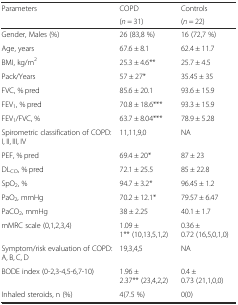
| <ROWSPAN=2> Parameters | COPD | Controls |
 | (n = 31) | (n = 22) |
 | --- | --- | --- |
 | Gender, Males (%) | 26 (83,8 %) | 16 (72,7 %) |
 | Age, years | 67.6 ± 8.1 | 62.4 ± 11.7 |
 | BMI, kg/m2 | 25.3 ± 4.6** | 25.7 ± 4.5 |
 | Pack/Years | 57 ± 27* | 35.45 ± 35 |
 | FVC, % pred | 85.6 ± 20.1 | 93.6 ± 15.9 |
 | FEV1, % pred | 70.8 ± 18.6*** | 93.3 ± 15.9 |
 | FEV1/FVC, % | 63.7 ± 8.04*** | 78.9 ± 5.28 |
 | Spirometric classification of COPD: I, II, III, IV | 11,11,9,0 | NA |
 | PEF, % pred | 69.4 ± 20* | 87 ± 23 |
 | DLCO, % pred | 72.1 ± 25.5 | 85 ± 22.8 |
 | SpO2, % | 94.7 ± 3.2* | 96.45 ± 1.2 |
 | PaO2, mmHg | 70.2 ± 12.1* | 79.57 ± 6.47 |
 | PaCO2, mmHg | 38 ± 2.25 | 40.1 ± 1.7 |
 | mMRC scale (0,1,2,3,4) | 1.09 ± 1** (10,13,5,1,2) | 0.36 ± 0.72 (16,5,0,1,0) |
 | Symptom/risk evaluation of COPD: A, B, C, D | 19,3,4,5 | NA |
 | BODE index (0-2,3-4,5-6,7-10) | 1.96 ± 2.37** (23,4,2,2) | 0.4 ± 0.73 (21,1,0,0) |
 | Inhaled steroids, n (%) | 4(7.5 %) | 0(0) |